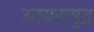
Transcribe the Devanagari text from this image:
उदयसमुद्र